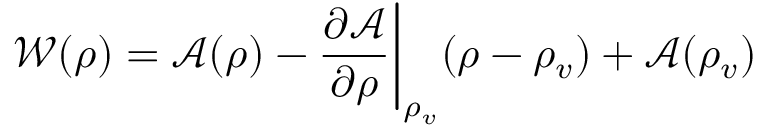
\mathcal { W } ( \rho ) = \mathcal { A } ( \rho ) - \frac { \partial \mathcal { A } } { \partial \rho } \bigg \vert _ { \rho _ { v } } ( \rho - \rho _ { v } ) + \mathcal { A } ( \rho _ { v } )